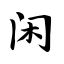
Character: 闲